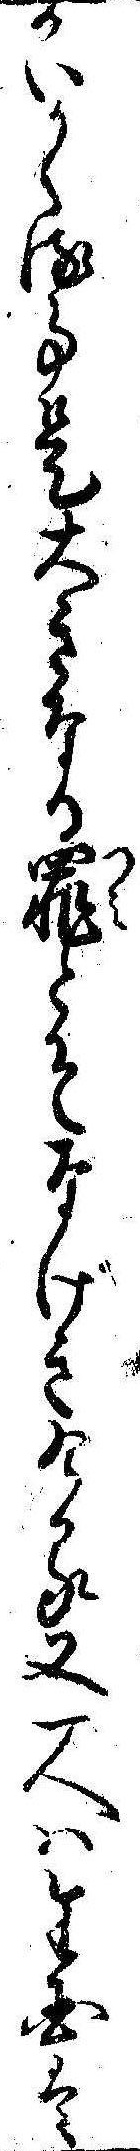
かいかくる事是大きなる罪とそなげきける又一人は生国は